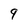
Character: 9